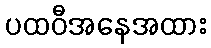
ပထဝီအနေအထား